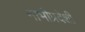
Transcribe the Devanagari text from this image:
नाभीप्रदेशी